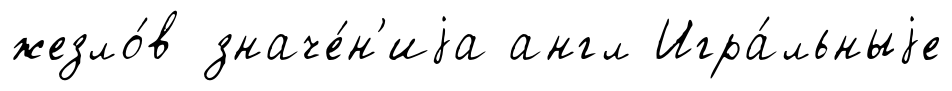
жезло́в значе́н'иjа англ Игра́льныjе